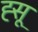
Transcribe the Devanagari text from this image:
ह्सू